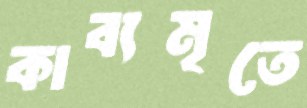
কাব্যমৃতে